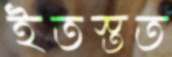
ইতস্তত